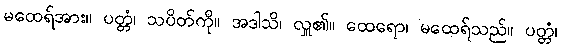
မထေရ်အား။ ပတ္တံ၊ သပိတ်ကို။ အဒါသိ၊ လှူ၏။ ထေရော၊ မထေရ်သည်။ ပတ္တံ၊